Lunatic asylums in Bengal annual reports 1899-1911 - 1899-1911
Year: 1899
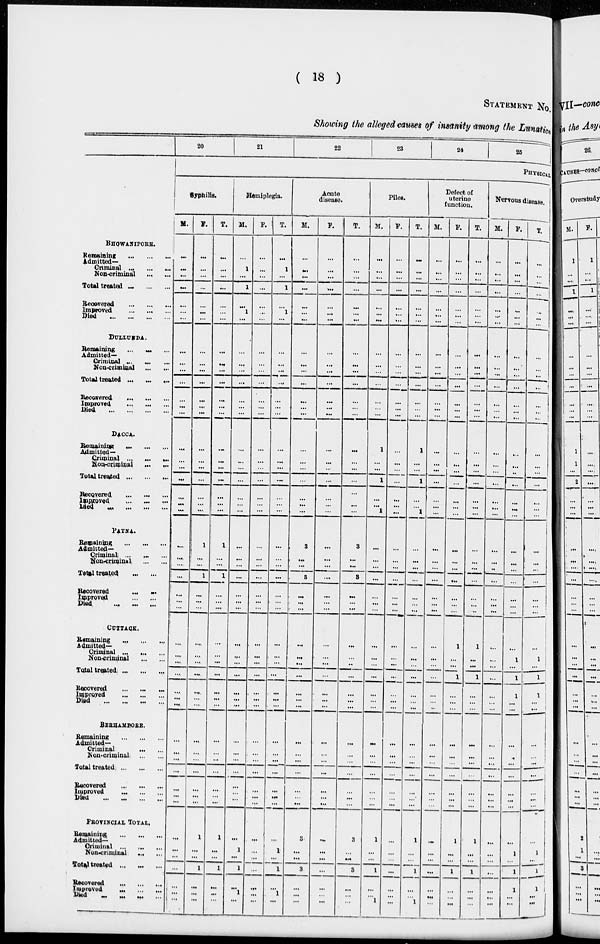
( 18 )
STATEMENT NO.
Showing the alleged causes of insanity among the Lunatics.
BHOWANIPORE.
Remaining
...
...
...
Admitted-
Criminal ... ... ...
Non-criminal
...
...
Total treated
...
...
...
Recovered ... ... ...
Improved
...
...
...
Died
...
...
...
...
DULLUNDA.
Remaining ... ... ...
Admitted—
Criminal ... ... ...
Non-criminal
...
...
Total treated ... ... ...
Recovered ... ... ...
Improved
...
...
...
Died
...
...
...
...
DACCA.
Remaining
...
...
...
Admitted-
Criminal ... ... ...
Non-criminal
...
...
Total treated ... ... ...
Recovered ... ... ...
Improved
...
...
...
Died
...
...
...
...
PATNA.
Remaining
...
...
...
Admitted—
Criminal ... ... ...
Non-criminal ... ...
Total treated
...
...
Recovered
...
...
Improved
...
...
Died
...
...
...
CUTTACK.
Remaining ... ... ...
Admitted—
Criminal ... ... ...
Non-criminal ... ... ...
Total treated ... ... ...
Recovered
...
...
...
Improved ... ... ...
Died
...
...
...
...
BERHAMPORE.
Remaining ... ... ...
Admitted-
Criminal
...
...
Non-criminal
...
...
Total treated ... ... ...
Recovered
...
...
...
Improved
...
...
...
Died
...
...
...
...
PROVINCIAL TOTAL.
Remaining ... ... ...
Admitted—
Criminal ... ... ...
Non-criminal ... ...
Total treated ... ... ...
Recovered ... ... ...
Improved ... ... ...
Died ... ... ... ...
20
21
22
23
24
25
PHYSICAL
Syphilis.
M.
F.
T.
Hemiplegia.
M.
F.
T.
Acute
disease.
M.
F.
T.
Piles.
M.
F.
T.
Defect of
uterine
function.
M.
F.
T.
Nervous disease.
M. | F.
T.
...
...
...
...
...
...
...
...
...
...
...
...
...
...
...
...
...
...
...
...
...
...
1
...
1
...
1
...
...
...
...
...
...
...
...
...
1
...
1
...
1
...
...
...
...
...
...
...
...
...
...
...
...
...
...
...
...
...
...
...
...
...
...
...
...
...
...
...
...
...
...
...
...
...
...
...
...
...
...
...
...
...
...
...
...
...
...
...
...
...
...
...
...
...
...
...
...
...
...
...
...
...
...
...
...
...
...
...
...
...
...
...
...
...
...
...
...
...
...
...
...
...
...
...
...
...
...
...
...
...
...
...
...
...
...
...
...
...
...
...
...
...
...
...
...
...
...
...
...
...
...
...
...
...
...
...
...
...
...
...
...
...
...
...
...
...
...
...
...
...
...
...
...
...
...
...
...
...
...
...
...
...
...
...
...
...
...
...
...
...
...
...
...
...
...
...
...
...
...
...
...
...
...
...
...
...
...
...
...
...
...
...
...
...
...
...
...
...
...
...
...
...
...
...
...
...
...
...
...
...
...
...
...
...
...
...
...
...
...
...
...
...
...
...
...
...
...
...
...
...
...
...
...
...
...
...
...
...
...
...
...
...
...
...
...
...
...
...
...
...
...
...
...
...
...
...
...
...
...
...
...
...
...
...
...
...
...
...
...
...
...
...
...
...
...
...
...
...
...
...
...
...
...
...
...
...
...
...
...
...
...
...
...
...
1
...
...
1
...
...
1
...
...
...
...
...
...
...
1
...
...
1
...
...
1
...
...
...
...
...
...
...
...
...
...
...
...
...
...
...
...
...
...
...
...
...
...
...
...
...
...
...
...
...
...
..
...
...
...
...
...
...
...
...
...
...
...
...
...
...
...
...
...
...
1
...
...
1
...
...
...
1
...
...
1
...
...
...
...
...
...
...
...
...
...
...
...
...
...
...
...
...
...
...
...
...
...
...
...
3
...
...
3
...
...
...
...
...
...
...
...
...
...
3
...
...
3
...
...
...
...
...
...
...
...
...
...
...
...
...
...
...
...
...
...
...
...
...
...
...
...
...
...
...
...
...
...
...
...
...
...
...
...
...
...
...
...
...
...
...
...
...
...
...
...
...
...
...
...
...
...
...
...
...
...
...
...
...
...
...
...
...
...
...
...
...
....
...
...
...
...
...
...
...
...
...
...
...
...
...
...
...
...
...
...
...
...
...
...
...
...
...
...
...
...
...
...
...
...
...
...
...
...
...
...
...
...
...
...
...
...
...
...
...
...
...
...
...
...
...
...
...
...
...
...
...
...
...
...
...
...
...
...
...
...
...
...
...
...
...
...
...
...
...
...
...
...
...
...
...
...
...
...
...
1
...
...
1
...
...
...
1
...
...
1
...
...
...
...
...
...
...
...
...
...
...
1
...
1
1
...
...
...
1
...
1
1
...
...
...
...
...
...
...
...
...
...
...
...
...
...
...
...
...
...
...
...
...
...
...
...
...
...
...
...
...
...
...
...
...
...
...
...
...
...
...
...
...
...
...
...
...
...
...
...
...
...
...
...
...
...
...
...
...
...
...
...
...
...
...
...
...
...
...
...
...
...
...
...
...
...
...
...
...
...
...
...
...
...
...
...
...
...
...
...
...
...
...
...
...
...
...
...
...
...
...
...
...
...
...
...
...
...
...
...
...
...
...
...
...
...
...
...
...
...
...
...
...
...
...
...
...
...
...
...
...
...
...
...
...
...
...
1
...
...
1
...
...
...
1
...
...
1
...
...
...
...
1
...
1
...
1
...
...
...
...
...
...
...
...
...
1
...
1
...
1
...
3
...
...
3
...
...
...
...
...
...
...
...
...
...
3
...
...
3
...
...
...
1
...
...
1
...
...
1
...
...
...
...
...
...
...
1
...
...
1
...
...
1
...
...
...
...
...
...
...
1
...
...
1
...
...
...
1
...
...
1
...
...
...
...
...
...
...
...
...
...
...
1
...
1
1
...
...
...
1
...
1
1
...
...